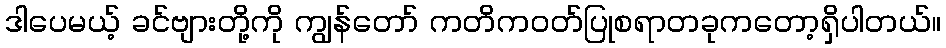
ဒါပေမယ့် ခင်ဗျားတို့ကို ကျွန်တော် ကတိကဝတ်ပြုစရာတခုကတော့ရှိပါတယ်။